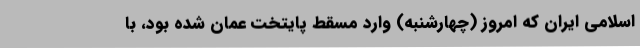
اسلامی ایران که امروز (چهارشنبه) وارد مسقط پایتخت عمان شده بود، با